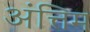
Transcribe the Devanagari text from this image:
अंत्तिम